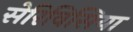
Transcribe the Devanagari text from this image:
सेरिविसिया